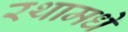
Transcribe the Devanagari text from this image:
रथामधे